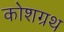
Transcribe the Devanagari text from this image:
कोशग्रथ